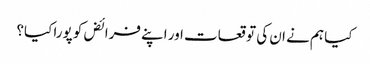
کیا ہم نے ان کی توقعات اور اپنے فرائض کو پورا کیا؟